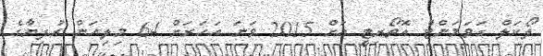
ލޯކަލް ގަވަމަންޓް އޮތޯރިޓީ އަށް 2015 ވަނަ އަހަރަށް 64 މިލިއަން ރުފިޔާގެ